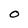
Character: O